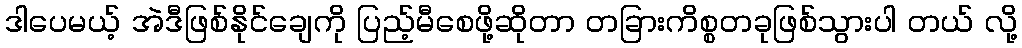
ဒါပေမယ့် အဲဒီဖြစ်နိုင်ချေကို ပြည့်မီစေဖို့ဆိုတာ တခြားကိစ္စတခုဖြစ်သွားပါ တယ် လို့